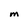
Character: M